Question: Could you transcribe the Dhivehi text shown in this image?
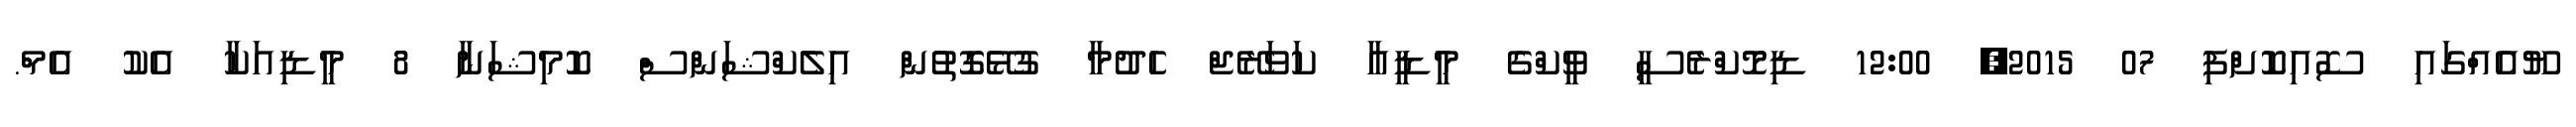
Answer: ޔޫއެއްގައި ސޮއިކޮށްފި 07 2015, 12:00 ޑިމޮކްރެސީ ވީކްގެ މީޑީއާ ކަވަރޭޖް ހެދުމާ ގުޅޭގޮތުން އިލެކްޝަންސް ކޮމިޝަނާ 8 މީޑިއަކާ އެކު އެމް.